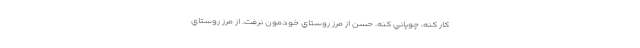
كار كنه، چوپاني كنه. حسن از مرز روستاي خودمون نرفت. از مرز روستاي